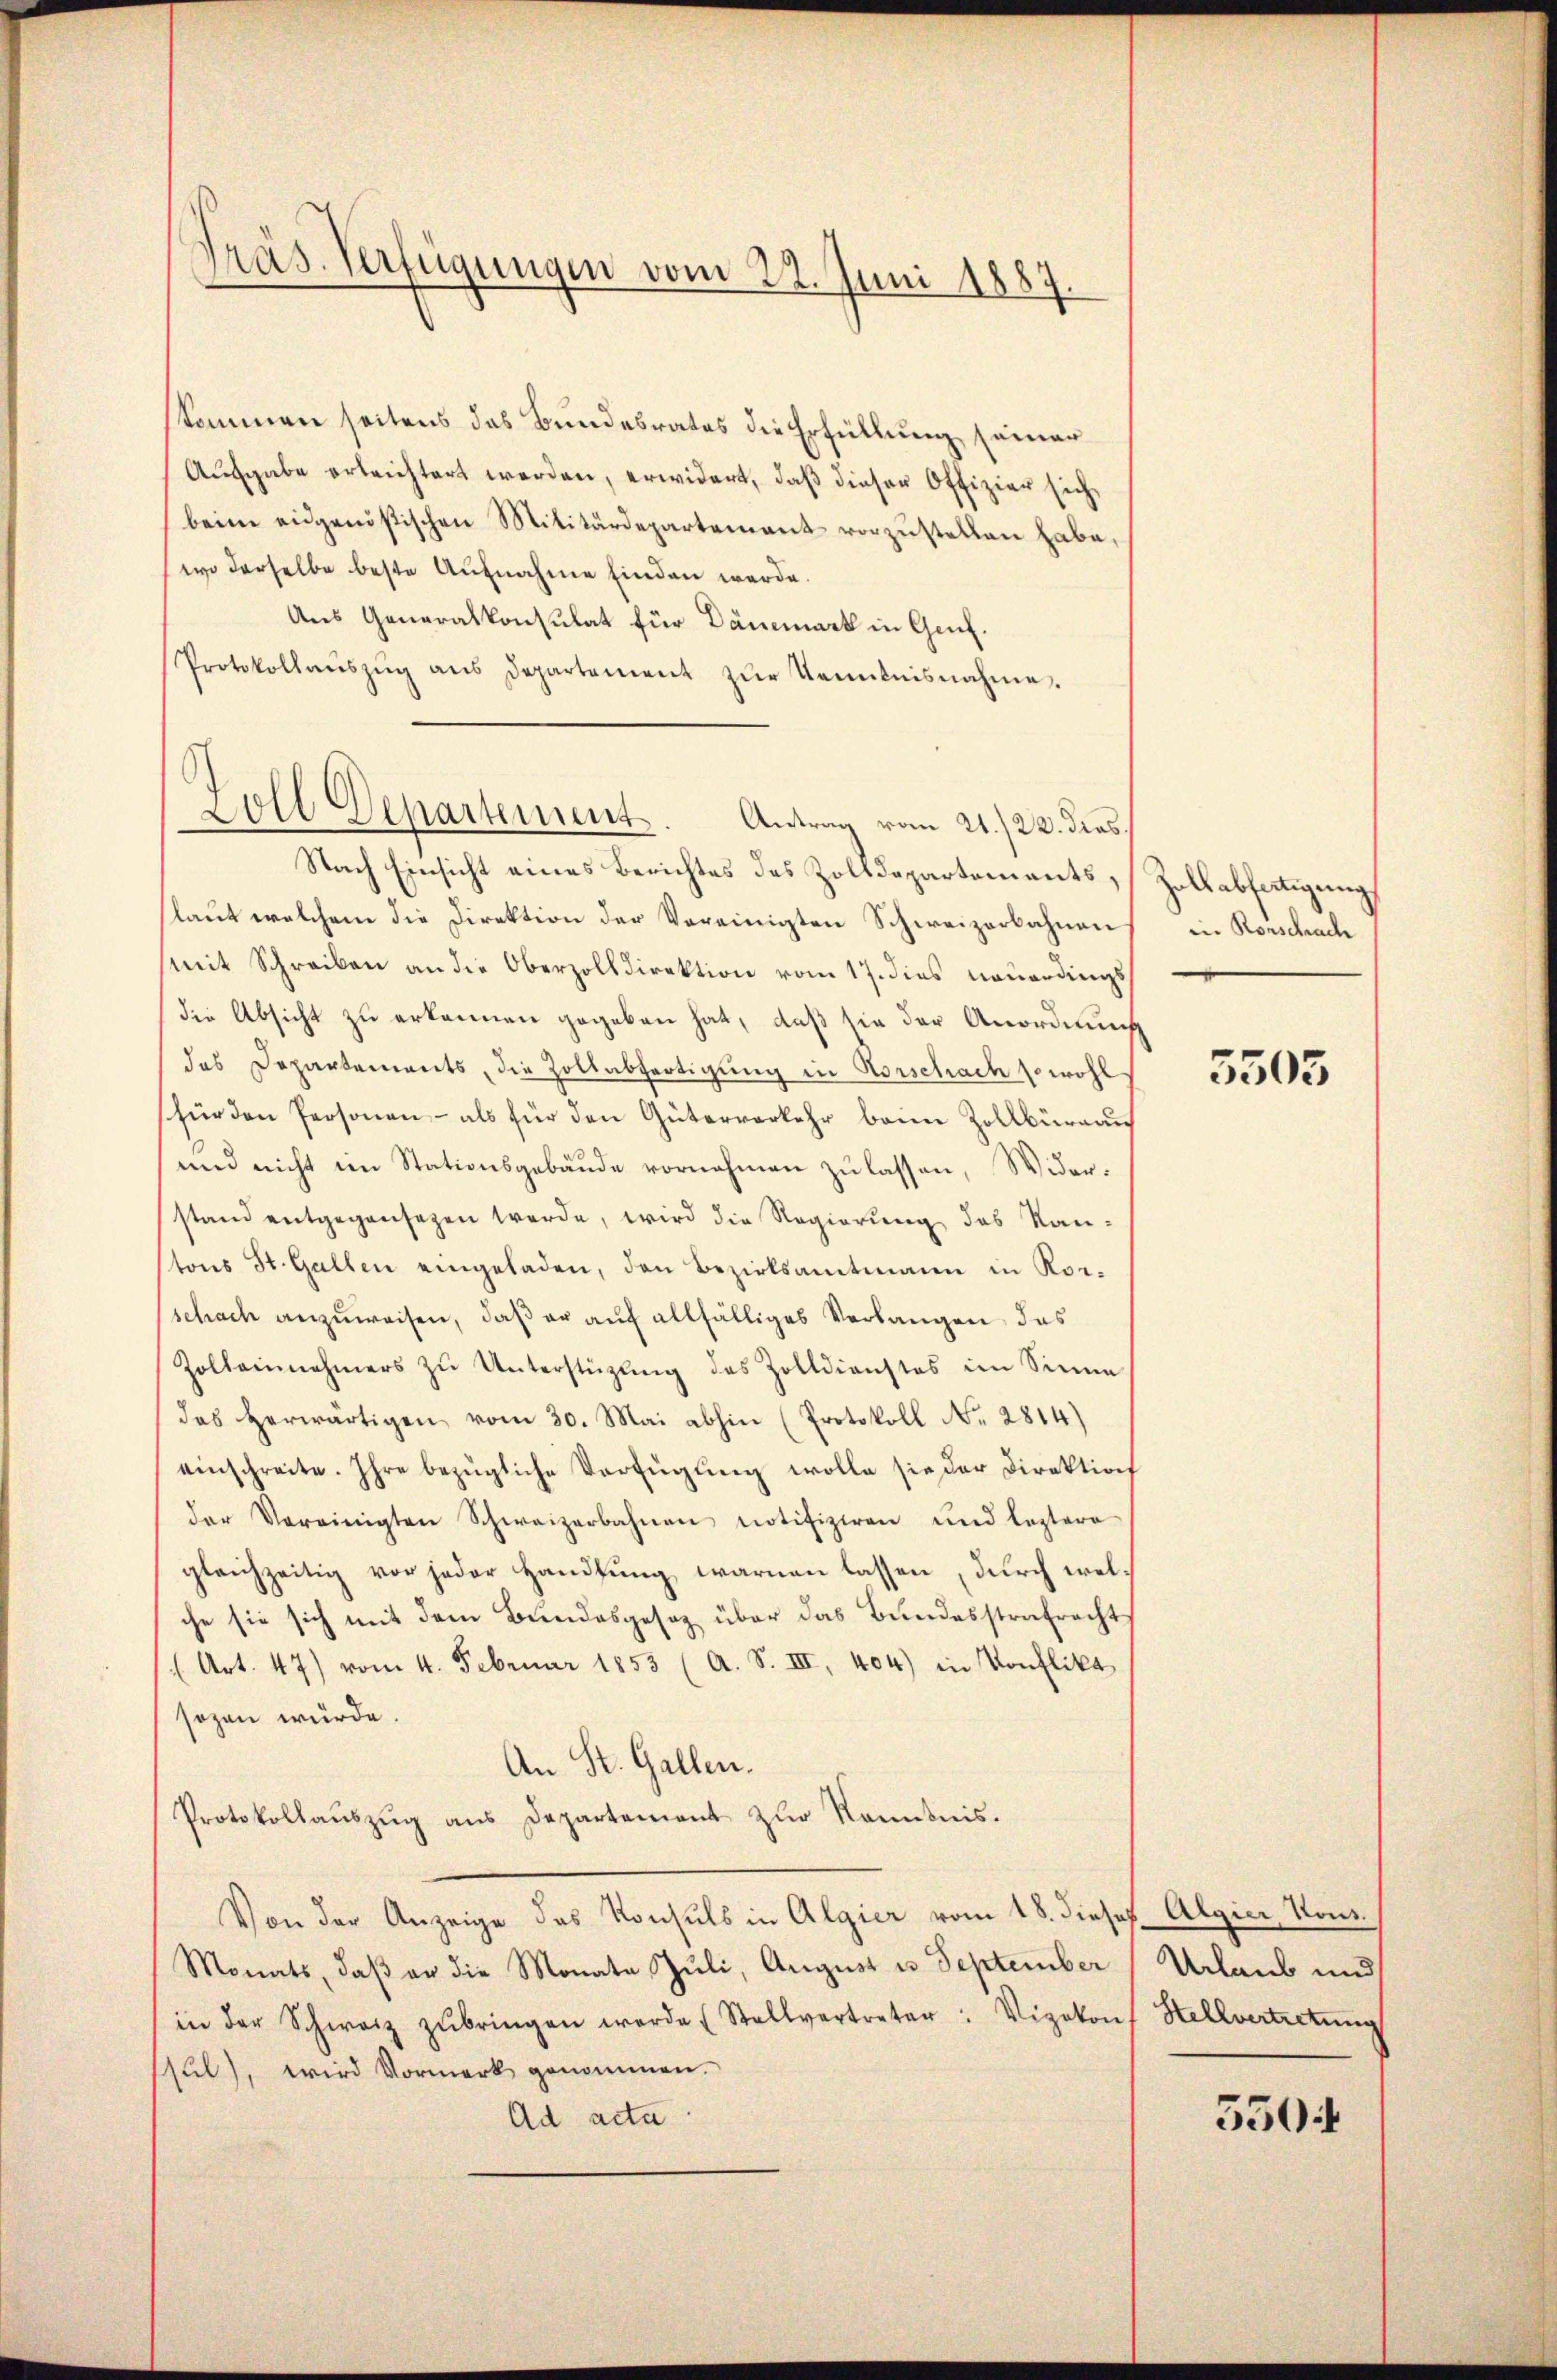
Präs. Verfügungen vom 22. Juni 1887.

skommen seitens das Bundesrates die Erfüllung seiner
Aŭsgabe erleichtert werden, erwidert, daβ dieser Offizier sich
beim eidgenößischen Militärdepartement vorzustellen habe,
wo derselbe beste Aufnahme finden werde.
Aus Generalkonsulat für Dämmark in Genf.
Protokollaŭszŭg ans Departement zŭr Kenntnisnahme.

Zoll Departement. Antrag vom 21./23. dies

Nach Einsicht eines Berichtes des Zolldepartements,
laut welchem die Direktion der Vereinigten Schweizerbahnen
(mit Schreiben an die Oberzolldirektion vom 17. dies neuerdings
die Absicht zu erkennen gegeben hat, daß sie der Anordnung
das Departements, die Zollabfertigung in Vorschach sowohl
fürden Personen - als für den Güterverkehr beim Zollbüreau
und nicht im Stationsgebäude vornehmen zu lassen, Widerstand entgegensagen werde, wird die Regierung des Kanstons St. Gallen eingeladen, den Bezirksamtmann in Korschach anzuweisen, daß er auf allfälliges Verlangen das
Zolleinehmers zŭ Unterstützŭng des Zolldienstes im Sinne
das herwärtigen vom 30. Mai abhin (Protokoll No 2814)
einschreite. Ihre bezügliche Verfügŭng wolle sie der Direktion
der Vereinigten Schweizerbahnen notifiziren und leztere
gleichzeitig vor jeder Handlung warnen lassen, durch welche sie sich mit dem Bundesgesetz über das Bundesstrafrecht
(Art. 47) vom 4. Februar 1853 (A. S. III, 404) in Konflikt
sozen würde.
An St. Gallen.
Protokollaŭszŭg ans Departement zŭr Kenntnis.
Von der Anzeige des Konsuls in Algier vom 18. dieses Algier, Kons.
Monats, daß er die Monate Juli, August u. September (Urlaub und
in der Schwarz zŭbringen werde (Stellvertreter: Vizekons Stellvertretung
ssul), wird Vormerk genommen.
Ad acta

Zoll abfertigung
iin Rorschach

5503

5504